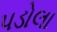
પડોલા